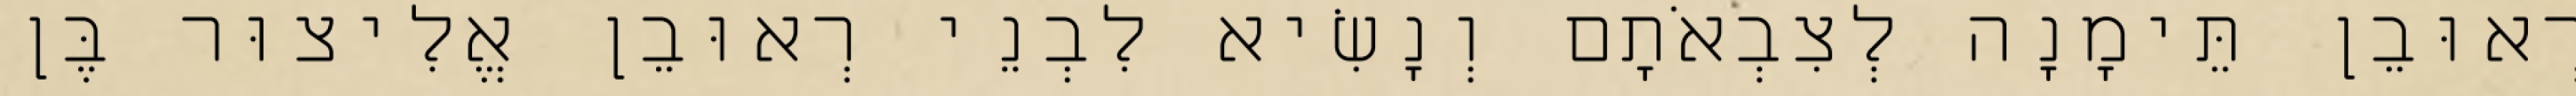
רְאוּבֵן תֵּימָנָה לְצִבְאֹתָם וְנָשִׂיא לִבְנֵי רְאוּבֵן אֱלִיצוּר בֶּן